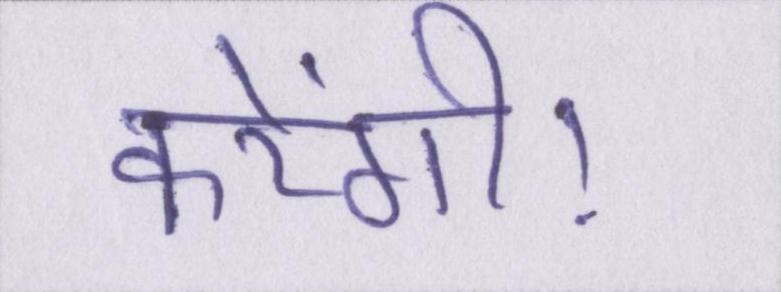
करेंगी।